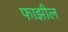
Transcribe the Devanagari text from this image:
फाझील